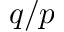
q / p